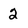
Character: 2